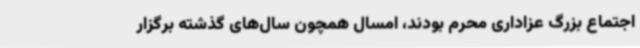
اجتماع بزرگ عزاداری محرم بودند، امسال همچون سال‌های گذشته برگزار